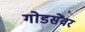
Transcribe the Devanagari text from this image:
गोडसेंवर